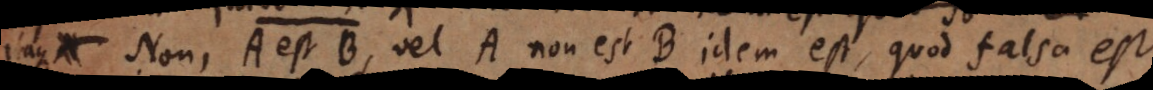
A Non, A est B, vel A non est B, idem est, quod falsa est